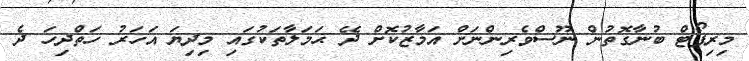
މިރިޕޯޓް ބުނާގޮތުން ނޫސްވެރިންނަށް އަމާޒުކޮށް ދޭ ޙަމަލާތަކުގައި މިދިޔަ އަހަރު ހަތްދިހަ ދެ